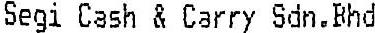
SEGI CASH & CARRY SDN.BHD